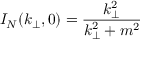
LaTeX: I _ { N } ( k _ { \perp } , 0 ) = { \frac { k _ { \perp } ^ { 2 } } { k _ { \perp } ^ { 2 } + m ^ { 2 } } }